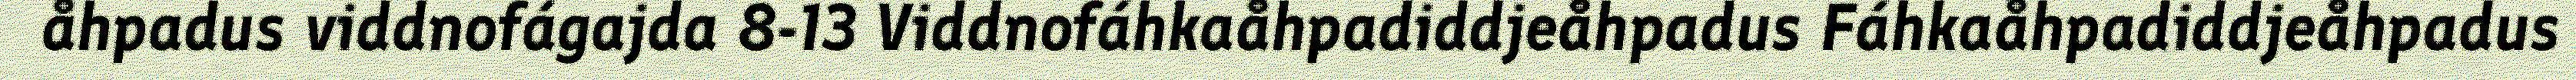
åhpadus viddnofágajda 8-13 Viddnofáhkaåhpadiddjeåhpadus Fáhkaåhpadiddjeåhpadus